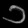
Digit: ၁